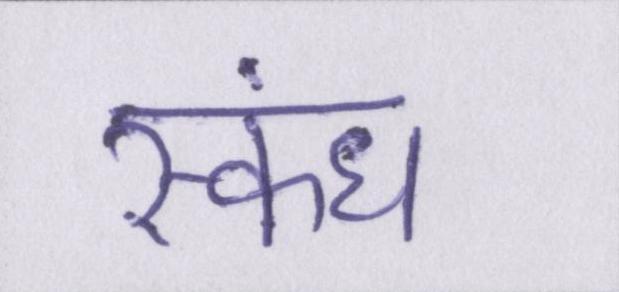
स्कंध